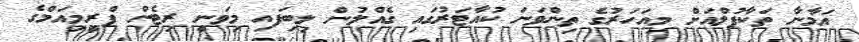
އަމާނާ ތަކާފުލްއަށް މިއަހަރުގެ ތިންވަނަ ކުއާޓަރުގައި ގެއްލުން ލިބިފައި މިވަނީ ރިޓެން ޕްރީމިއަމްގެ